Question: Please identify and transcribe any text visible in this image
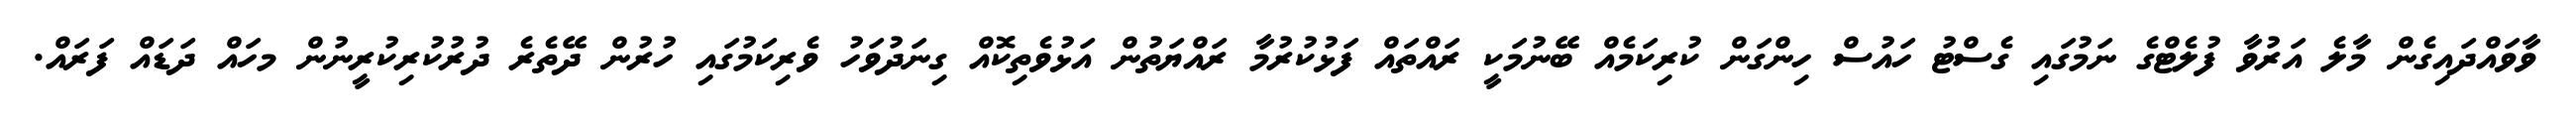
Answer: ވާވައްދައިގެން މާލެ އަރުވާ ފުލެޓްގެ ނަމުގައި ގެސްޓު ހައުސް ހިންގަން ކުރިކަމެއް ބޭނުމަކީ ރައްތައް ފަޅުކުރުމާ ރައްޔަތުން އަޅުވެތިކޮއް ގިނަދުވަހު ވެރިކަމުގައި ހުރުން ދޭތެރެ ދުރުކުރިކުރީނުން މހައް ދަޑައް ފަރައް.